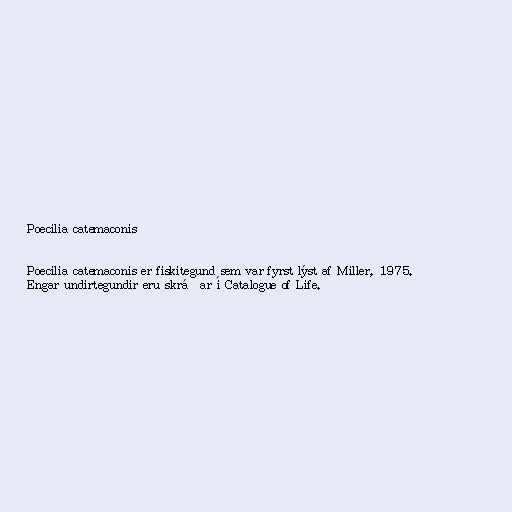
Poecilia catemaconis

Poecilia catemaconis er fiskitegund sem var fyrst lýst af Miller, 1975.
Engar undirtegundir eru skráðar í Catalogue of Life.